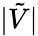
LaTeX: |\tilde{V}|